Vaccination in Bombay 1889-1901 - 1889-1901
Year: 1889
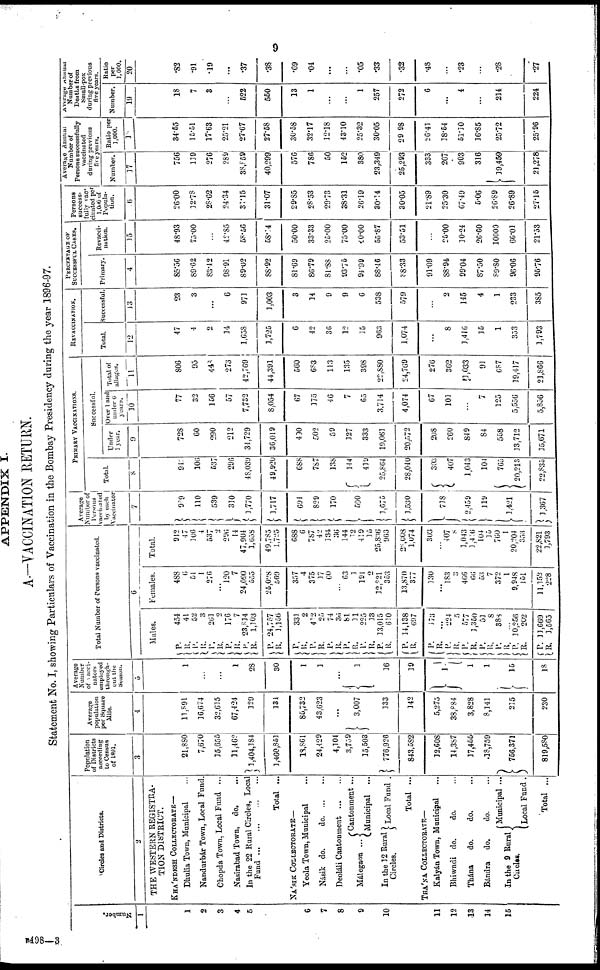
9
APPENDIX I.
A.—VACCINATION RETURN.
Statement No. I, showing Particulars of Vaccination in the Bombay Presidency during the year 1896-97.
Number.
1
1
2
3
4
5
6
7
8
9
10
11
12
13
14
15
Circles and Districts.
2
THE WESTERN REGISTRA-
TION DISTRICT.
KHÁNDESH COLLECTORATE—
Dhulia Town, Municipal ...
Nandurbár Town, Local Fund.
Chopda Town, Local Fund ...
Nasirabad Town,
do. ...
In the 22 Rural Circles, Local
Fund...
...
...
...
Total ...
NÁSIK COLLECTORATE—
Yeola Town, Municipal ...
Násik do.
do. ... ...
Deoláli
Cantonment...
...
Málegaon ...
In the 12 Rural
Circles.
Cantonment ...
Municipal ...
Local Fund .
Total ...
THÁNA COLLECTORATE—
Kalyán Town, Municipal ...
Bhiwndi do.
do. ...
Thána
do.
do. ...
Bándra
do.
do. ...
In the 9 Rural
Circles.
Municipal ...
Local Fund .
Total ...
Population
of Districts
according
to Census
of 1891.
3
21,880
7,670
15,655
11,462
1,404,184
1,460,851
18,861
24,429
4,104
3,759
15,503
776,926
843,582
12,608
14,387
17,455
18,759
756,371
819,580
Average
population
per Square
Mile.
4
11,891
16,674
32,615
67,424
329
134
85,732
43,623
...
3,007
133
342
5,275
38,884
3,828
8,141
215
230
Average
Number
of vacci¬
nators
employed
through-
out the
Season.
5
1
...
...
1
28
30
1
1
1
16
19
1
1
1
15
18
Total Number of Persons vaccinnted.
6
Males.
P.
R.
P.
R.
P.
R.
P.
R.
P.
R.
P.
R.
454
41
52
3
261
2
176
7
23,814
1,103
24,757
1,156
P.
R.
P.
R.
P.
R.
P.
R.
P.
R.
P.
R.
P.
R.
P.
R.
P.
R.
P.
R.
P.
R.
P.
R.
P.
R.
P.
R.
331
2
412
25
74
36
81
11
225
33
13,015
610
14,138
697
173
...
224
5
577
3,350
51
8
388
...
10,256
202
11,669
1,565
Females.
488
6
54
1
276
...
120
7
24,090
555
26,028
569
357
4
375
17
60
...
63
3
191
2
12,821
353
13,870
377
130
...
183
3
466
66
53
7
372
1
9,948
151
11,152
228
Total.
942
47
306
4
537
2
296
14
47,904
1,658
49,785
1,725
688
6
787
42
134
36
144
12
419
15
25,836
963
28,008
1,074
303
...
407
8
1,043
1,416
104
15
760
1
20,204
353
22,821
1,793
Average
Number of
Persons
vaccinated
by each
Vaccinator
7
989
110
539
310
1,770
1,717
694
829
170
590
1,675
1,530
718
2,459
119
1,421
1,367
PRIMARY VACCINATIONS.
Total.
8
947
106
537
296
48,039
49,920
688
787
138
144
419
25,864
28,040
303
407
1,043
104
765
20,213
22,835
Successful.
Under
1 year.
9
728
60
290
212
34,729
36,019
490
502
59
127
333
19,063
20,572
208
260
849
84
558
13,712
15,671
Over 1 and
under 6
years.
10
77
32
156
57
7,732
8,054
67
175
46
7
65
3,714
4,074
67
103
...
7
125
5,556
5,856
Total of
all ages.
11
806
95
448
273
42,769
44,391
560
683
113
135
398
22,880
24,769
276
362
1,033
91
687
19,417
21,866
REVACCINATION.
Total.
12
47
4
2
14
1,658
1,725
6
42
36
12
15
963
1,074
...
8
1,416
15
1
353
1,793
Successful.
13
23
3
...
6
971
1,003
3
14
9
9
6
538
579
...
2
145
4
1
233
385
PERCENTAGE OK
SUCCESSFUL CASES.
Primary.
14
85.56
89.62
83.42
98.91
89.02
88.92
81.69
80.79
81.88
93.75
94.99
88.46
88.33
91.09
88.94
99.04
87.50
89.80
96.06
95.76
Revacci¬
nation.
15
48.93
75.00
...
42.85
58.56
58.14
50.00
33.33
25.00
75.00
40.00
55.87
53.51
...
25.00
10.24
26.60
10000
66.01
21.53
Persons
success-
fully vac-
cinated per
1,000 of
Popula-
tion.
16
26.00
12.78
28.62
24.34
31.15
31.07
29.85
28.53
29.73
38.31
26.19
30.14
30.05
21.89
25.30
67.49
5.06
26.89
26.89
27.15
Average Annual
Number of
Persons successfully
vaccinated.
during previous
five years.
Number.
17
756
119
276
289
38,859
40,299
576
786
50
152
380
23,349
25,293
333
267
903
316
19,459
21,278
Ratio per
1,000.
18
34.65
15.51
17.63
25.21
27.67
27.58
30.58
32.17
12.18
43.10
25.32
30.05
29.98
26.41
18.54
51.10
16.85
25.72
25.96
Average Annual
Number of
Deaths from
Small-pox
during previous
five years.
Number.
19
18
7
3
...
522
550
13
1
...
...
1
257
272
6
...
4
...
214
224
Ratio
per
1,000.
20
.82
.91
.19
...
.37
.38
.69
.04
...
...
.05
.33
.32
.48
...
.23
...
.28
.27
B498—3